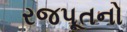
રજપૂતનો